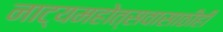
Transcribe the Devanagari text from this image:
नाट्यमहोत्सवासाठीही